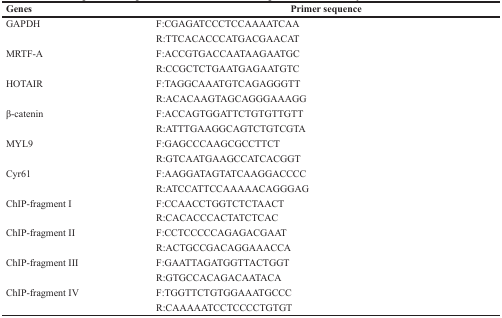
| Genes | Primer sequence |
 | --- | --- |
 | GAPDH | F:CGAGATCCCTCCAAAATCAA |
 |  | R:TTCACACCCATGACGAACAT |
 | MRTF-A | F:ACCGTGACCAATAAGAATGC |
 |  | R:CCGCTCTGAATGAGAATGTC |
 | HOTAIR | F:TAGGCAAATGTCAGAGGGTT |
 |  | R:ACACAAGTAGCAGGGAAAGG |
 | β-catenin | F:ACCAGTGGATTCTGTGTTGTT |
 |  | R:ATTTGAAGGCAGTCTGTCGTA |
 | MYL9 | F:GAGCCCAAGCGCCTTCT |
 |  | R:GTCAATGAAGCCATCACGGT |
 | Cyr61 | F:AAGGATAGTATCAAGGACCCC |
 |  | R:ATCCATTCCAAAAACAGGGAG |
 | ChIP-fragment I | F:CCAACCTGGTCTCTAACT |
 |  | R:CACACCCACTATCTCAC |
 | ChIP-fragment II | F:CCTCCCCCAGAGACGAAT |
 |  | R:ACTGCCGACAGGAAACCA |
 | ChIP-fragment III | F:GAATTAGATGGTTACTGGT |
 |  | R:GTGCCACAGACAATACA |
 | ChIP-fragment IV | F:TGGTTCTGTGGAAATGCCC |
 |  | R:CAAAAATCCTCCCCTGTGT |